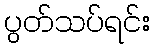
ပွတ်သပ်ရင်း